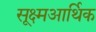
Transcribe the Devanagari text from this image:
सूक्ष्मआर्थिक